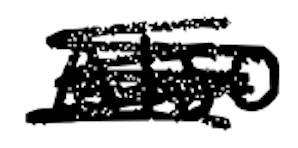
Text: Also
Cross-out: scratch
Writing tool: digital_black